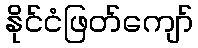
နိုင်ငံဖြတ်ကျော်